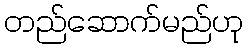
တည်ဆောက်မည်ဟု